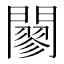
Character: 𨶪